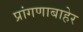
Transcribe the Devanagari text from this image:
प्रांगणाबाहेर